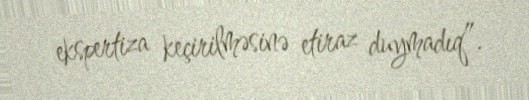
ekspertiza keçirilməsinə etiraz duymadıq”.